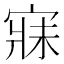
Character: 寐